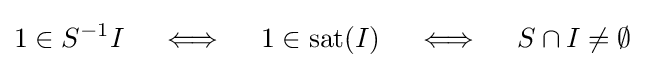
1\in S^{-1}I\quad \iff \quad 1\in \operatorname {sat} (I)\quad \iff \quad S\cap I\neq \emptyset